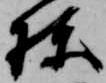
棟